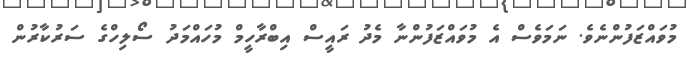
މުވައްޒަފުންނެވެ. ނަމަވެސް އެ މުވައްޒަފުންނާ މެދު ރައީސް އިބްރާހީމް މުހައްމަދު ސޯލިހްގެ ސަރުކާރުން